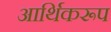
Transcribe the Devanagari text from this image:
आर्थिकरूप